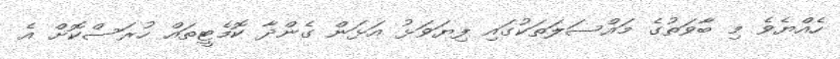
ހެއްޔެވެ މި ބާވަތުގެ މައްސަލަތަކުގައި ފިޔަވަޅު އަޅަން ގެންދާ ކޮމެޓީތައް ހުރަސްކޮށް އެ